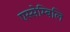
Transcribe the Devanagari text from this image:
एस्सेम्बिलि